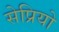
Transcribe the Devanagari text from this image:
सेप्रियो